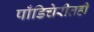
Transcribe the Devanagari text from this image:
पाँडिचेरीतही